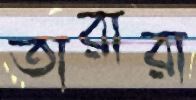
তারারা